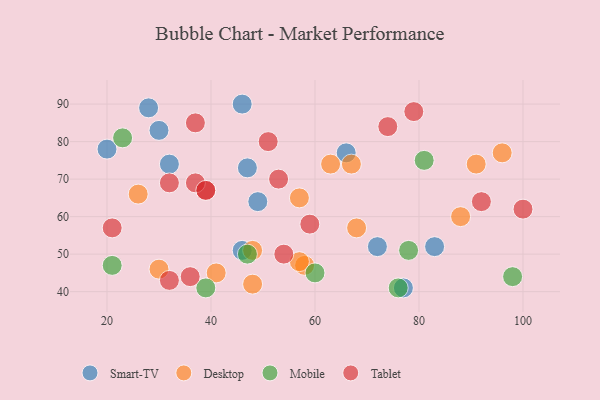
{"axis": {"x": "GDP", "y": "Life Expectancy"}, "legend": ["Desktop", "Mobile", "Smart-TV", "Tablet"], "data": [{"x": "72", "y": 52, "type": "Smart-TV"}, {"x": "66", "y": 77, "type": "Smart-TV"}, {"x": "28", "y": 89, "type": "Smart-TV"}, {"x": "32", "y": 74, "type": "Smart-TV"}, {"x": "83", "y": 52, "type": "Smart-TV"}, {"x": "30", "y": 83, "type": "Smart-TV"}, {"x": "49", "y": 64, "type": "Smart-TV"}, {"x": "46", "y": 51, "type": "Smart-TV"}, {"x": "46", "y": 90, "type": "Smart-TV"}, {"x": "20", "y": 78, "type": "Smart-TV"}, {"x": "47", "y": 73, "type": "Smart-TV"}, {"x": "77", "y": 41, "type": "Smart-TV"}, {"x": "96", "y": 77, "type": "Desktop"}, {"x": "48", "y": 51, "type": "Desktop"}, {"x": "58", "y": 47, "type": "Desktop"}, {"x": "48", "y": 42, "type": "Desktop"}, {"x": "57", "y": 48, "type": "Desktop"}, {"x": "57", "y": 65, "type": "Desktop"}, {"x": "88", "y": 60, "type": "Desktop"}, {"x": "30", "y": 46, "type": "Desktop"}, {"x": "26", "y": 66, "type": "Desktop"}, {"x": "41", "y": 45, "type": "Desktop"}, {"x": "68", "y": 57, "type": "Desktop"}, {"x": "63", "y": 74, "type": "Desktop"}, {"x": "91", "y": 74, "type": "Desktop"}, {"x": "67", "y": 74, "type": "Desktop"}, {"x": "21", "y": 47, "type": "Mobile"}, {"x": "98", "y": 44, "type": "Mobile"}, {"x": "78", "y": 51, "type": "Mobile"}, {"x": "60", "y": 45, "type": "Mobile"}, {"x": "76", "y": 41, "type": "Mobile"}, {"x": "81", "y": 75, "type": "Mobile"}, {"x": "23", "y": 81, "type": "Mobile"}, {"x": "47", "y": 50, "type": "Mobile"}, {"x": "39", "y": 41, "type": "Mobile"}, {"x": "53", "y": 70, "type": "Tablet"}, {"x": "37", "y": 85, "type": "Tablet"}, {"x": "51", "y": 80, "type": "Tablet"}, {"x": "32", "y": 69, "type": "Tablet"}, {"x": "59", "y": 58, "type": "Tablet"}, {"x": "100", "y": 62, "type": "Tablet"}, {"x": "74", "y": 84, "type": "Tablet"}, {"x": "39", "y": 67, "type": "Tablet"}, {"x": "32", "y": 43, "type": "Tablet"}, {"x": "37", "y": 69, "type": "Tablet"}, {"x": "54", "y": 50, "type": "Tablet"}, {"x": "79", "y": 88, "type": "Tablet"}, {"x": "39", "y": 67, "type": "Tablet"}, {"x": "21", "y": 57, "type": "Tablet"}, {"x": "92", "y": 64, "type": "Tablet"}, {"x": "36", "y": 44, "type": "Tablet"}]}